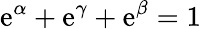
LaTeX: \mathrm{e}^{\alpha}+\mathrm{e}^{\gamma}+\mathrm{e}^{\beta}=1